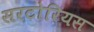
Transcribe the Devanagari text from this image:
सरटोरियस